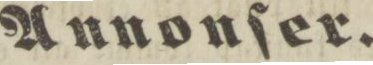
Auktioner.